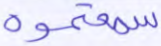
سمعتموه